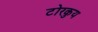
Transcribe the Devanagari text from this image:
टोरकुय